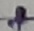
Text: +